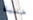
خلية